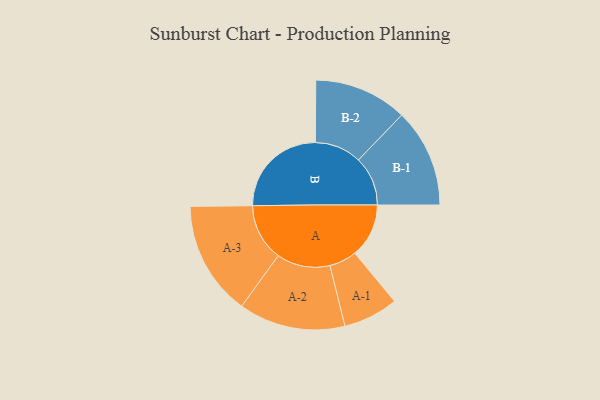
{"axis": {"x": "Segment", "y": "Value"}, "legend": ["", "A", "B"], "data": [{"x": "A", "y": 267, "type": ""}, {"x": "B", "y": 482, "type": ""}, {"x": "A-1", "y": 136, "type": "A"}, {"x": "A-2", "y": 264, "type": "A"}, {"x": "A-3", "y": 283, "type": "A"}, {"x": "B-1", "y": 244, "type": "B"}, {"x": "B-2", "y": 231, "type": "B"}]}